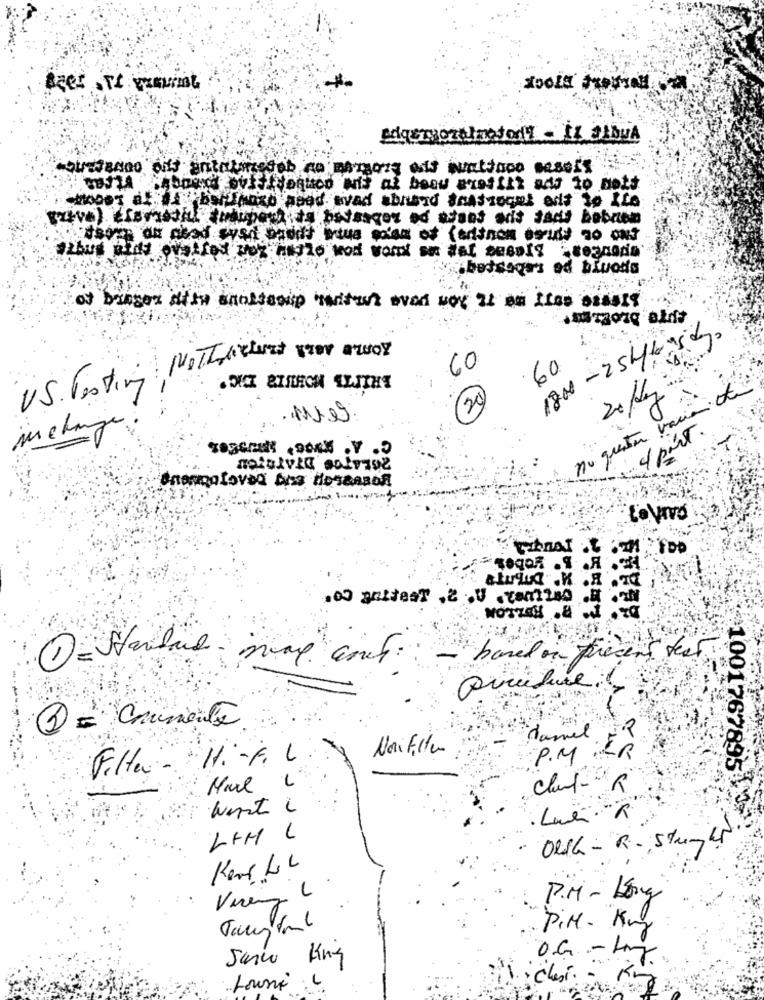
TOOLS FROSNE
moses af " bellmore good avad abrand Sontrooms ant to Ito
czive) ESsmstil inbupetits potsages of atant ads tant bobcom
Here as acad eyed baddt intus salad af (eritnon esult To aut
Thus ality ovalfed won Hailo wod word om dat besorg seanodo
betsogas ad bluods
of beinger Mite sandtenup medtout aved way is em ILes ously
1800-254650
60
60
US. Testing
in change
4 port.
T
LoVivo
100 gattest ,2 U .TantieD .H .IN
NOTTEH . . . TO
- based on procent test
Diridure L
3 = Comumente
2
NoiFille
Filter - "H .- F. L
daniel. ER
P. M .
Marl L
cloud-R
wert L
1001767895 9
Lue
LFM L
ORG - R. Strenger.
Kort LL
Vereinz L
P.M- Long
P.M. Km
Janw Kny
OG - Log
Chesi - King
.Louni